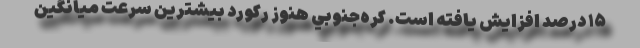
۱۵ درصد افزايش يافته است. كره‌جنوبي هنوز ركورد بيشترين سرعت ميانگين